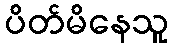
ပိတ်မိနေသူ